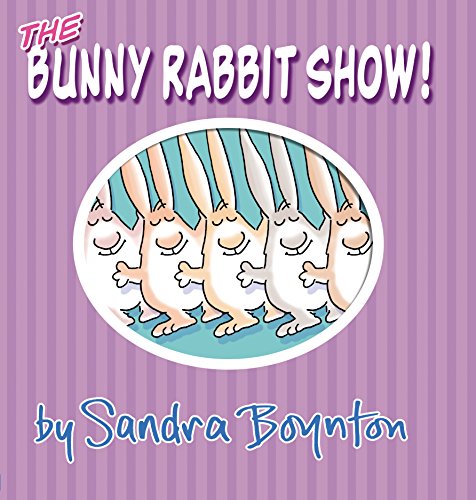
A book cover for The Bunny Rabbit Show!; Sandra Boynton; Children's Books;